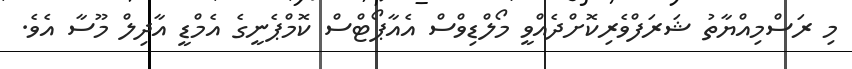
މި ރަސްމިއްޔާތު ޝަރަފްވެރިކޮށްދެއްވީ މޯލްޑިވްސް އެއާޕޯޓްސް ކޮމްޕެނީގެ އެމްޑީ އާދިލް މޫސާ އެވެ.